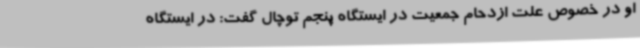
او در خصوص علت ازدحام جمعیت در ایستگاه پنجم توچال گفت: در ایستگاه